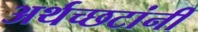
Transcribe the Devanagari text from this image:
अर्थच्‍छटांनी